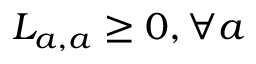
L _ { a , a } \ge 0 , \forall a